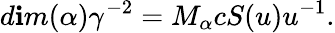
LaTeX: d\mathbf{i}m(\alpha)\gamma^{-2}=M_{\alpha}cS(u)u^{-1}.